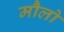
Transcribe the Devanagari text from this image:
मौलो